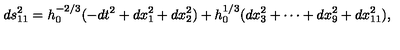
d s _ { 1 1 } ^ { 2 } = h _ { 0 } ^ { - 2 / 3 } ( - d t ^ { 2 } + d x _ { 1 } ^ { 2 } + d x _ { 2 } ^ { 2 } ) + h _ { 0 } ^ { 1 / 3 } ( d x _ { 3 } ^ { 2 } + \cdots + d x _ { 9 } ^ { 2 } + d x _ { 1 1 } ^ { 2 } ) ,